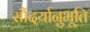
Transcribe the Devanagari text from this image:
सौंदर्यानुभूति